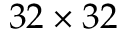
3 2 \times 3 2